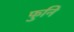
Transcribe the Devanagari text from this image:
फुनि